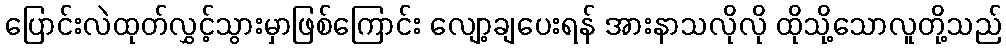
ပြောင်းလဲထုတ်လွှင့်သွားမှာဖြစ်ကြောင်း လျော့ချပေးရန် အားနာသလိုလို ထိုသို့သောလူတို့သည်